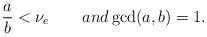
LaTeX: \begin{align*}\frac{a}{b}<\nu_e\qquad{and}\gcd(a,b)=1.\end{align*}